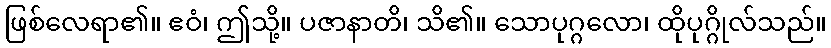
ဖြစ်လေရာ၏။ ဧဝံ၊ ဤသို့။ ပဇာနာတိ၊ သိ၏။ သောပုဂ္ဂလော၊ ထိုပုဂ္ဂိုလ်သည်။